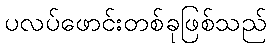
ပလပ်ဖောင်းတစ်ခုဖြစ်သည်